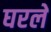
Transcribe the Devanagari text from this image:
घरले